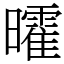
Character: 曤